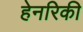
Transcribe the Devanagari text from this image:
हेनरिकी